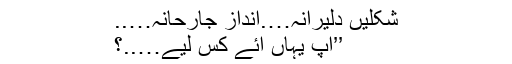
شکلیں دلیرانہ….انداز جارحانہ…..
’’آپ یہاں آئے کس لیے…..؟